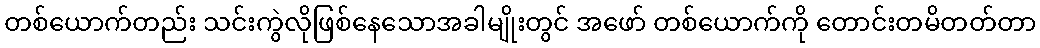
တစ်ယောက်တည်း သင်းကွဲလိုဖြစ်နေသောအခါမျိုးတွင် အဖော် တစ်ယောက်ကို တောင်းတမိတတ်တာ